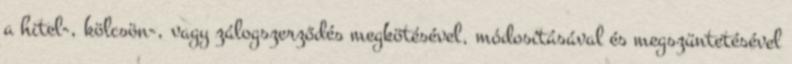
a hitel-, kölcsön-, vagy zálogszerződés megkötésével, módosításával és megszüntetésével